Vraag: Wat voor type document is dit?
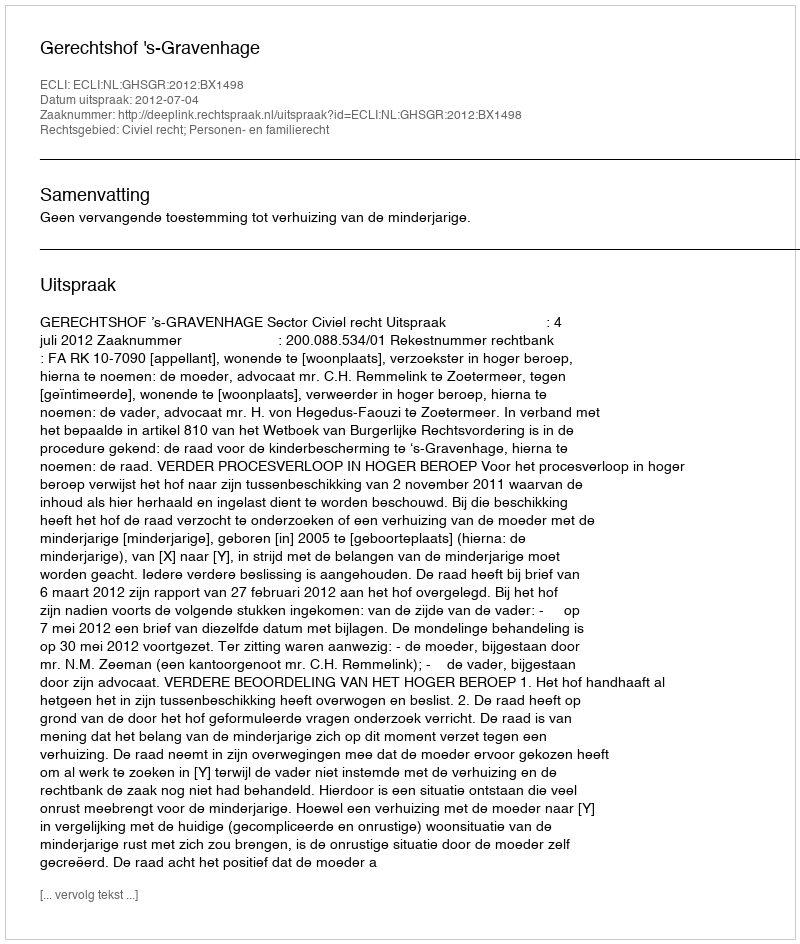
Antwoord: Uitspraak